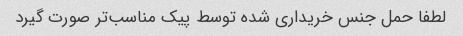
لطفا حمل جنس خریداری شده توسط پیک‌ مناسب‌تر صورت گیرد